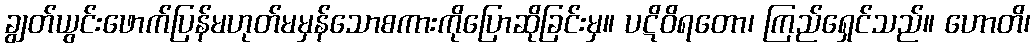
ချွတ်ယွင်းဖောက်ပြန်မဟုတ်မမှန်သောစကားကိုပြောဆိုခြင်းမှ။ ပဋိဝိရတော၊ ကြည်ရှေင်သည်။ ဟောတိ၊